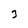
Character: 3